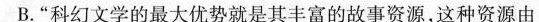
B.“科幻文学的最大优势就是其丰富的故事资源,这种资源由